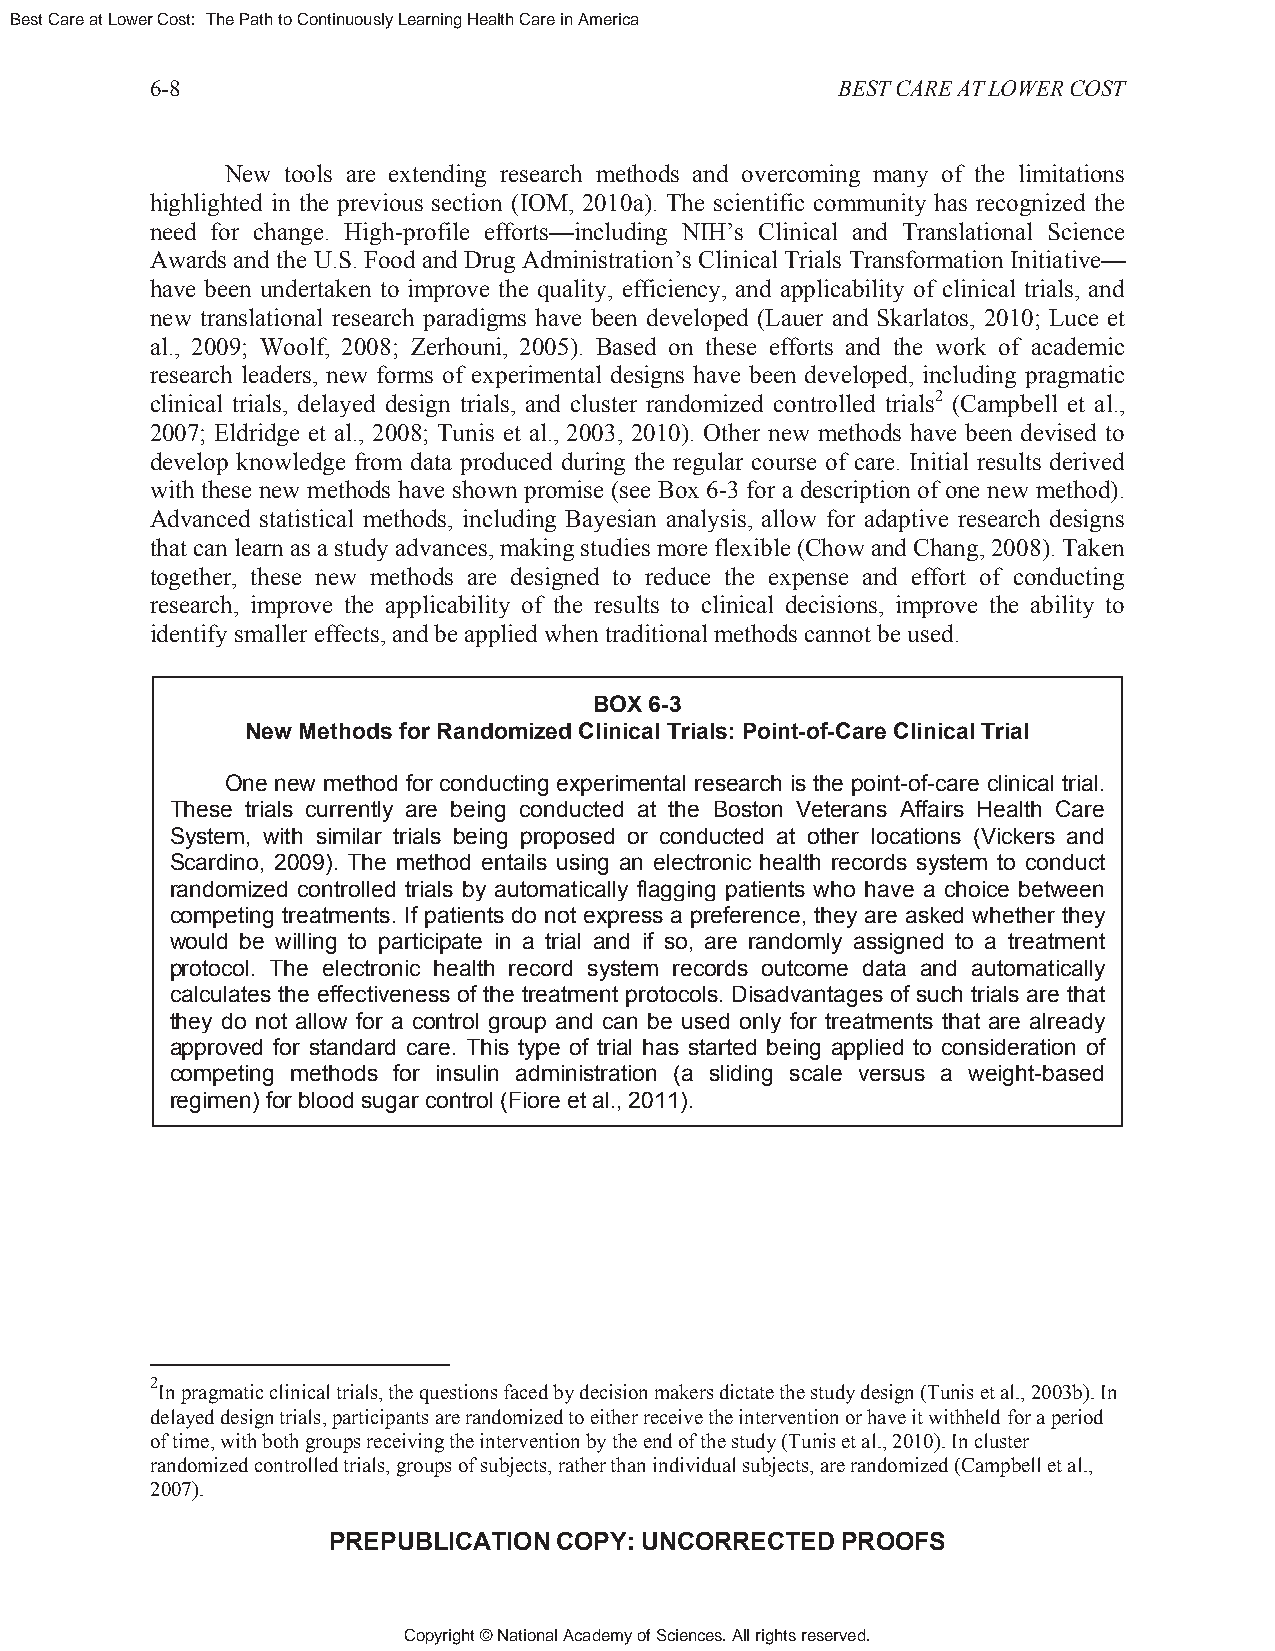
Best Care at Lower Cost: The Path to Continuously Learning Health Care in America
 6-8                                          BEST CARE AT LOWER COST
 New tools are extending research methods and overcoming many of the limitations
 highlighted in the previous section (IOM, 2010a). The scientific community has recognized the
 need for change. High-profile efforts—including NIH’s Clinical and Translational Science
 Awards and the U.S. Food and Drug Administration’s Clinical Trials Transformation Initiative—
 have been undertaken to improve the quality, efficiency, and applicability of clinical trials, and
 new translational research paradigms have been developed (Lauer and Skarlatos, 2010; Luce et
 al., 2009; Woolf, 2008; Zerhouni, 2005). Based on these efforts and the work of academic
 research leaders, new forms of experimental designs have been developed, including pragmatic
 clinical trials, delayed design trials, and cluster randomized controlled trials2 (Campbell et al.,
 2007; Eldridge et al., 2008; Tunis et al., 2003, 2010). Other new methods have been devised to
 develop knowledge from data produced during the regular course of care. Initial results derived
 with these new methods have shown promise (see Box 6-3 for a description of one new method).
 Advanced statistical methods, including Bayesian analysis, allow for adaptive research designs
 that can learn as a study advances, making studies more flexible (Chow and Chang, 2008). Taken
 together, these new methods are designed to reduce the expense and effort of conducting
 research, improve the applicability of the results to clinical decisions, improve the ability to
 identify smaller effects, and be applied when traditional methods cannot be used.
 BOX 6-3
 New Methods for Randomized Clinical Trials: Point-of-Care Clinical Trial
 One new method for conducting experimental research is the point-of-care clinical trial.
 These trials currently are being conducted at the Boston Veterans Affairs Health Care
 System, with similar trials being proposed or conducted at other locations (Vickers and
 Scardino, 2009). The method entails using an electronic health records system to conduct
 randomized controlled trials by automatically flagging patients who have a choice between
 competing treatments. If patients do not express a preference, they are asked whether they
 would be willing to participate in a trial and if so, are randomly assigned to a treatment
 protocol. The electronic health record system records outcome data and automatically
 calculates the effectiveness of the treatment protocols. Disadvantages of such trials are that
 they do not allow for a control group and can be used only for treatments that are already
 approved for standard care. This type of trial has started being applied to consideration of
 competing methods for insulin administration (a sliding scale versus a weight-based
 regimen) for blood sugar control (Fiore et al., 2011).
 2
 In pragmatic clinical trials, the questions faced by decision makers dictate the study design (Tunis et al., 2003b). In
 delayed design trials, participants are randomized to either receive the intervention or have it withheld for a period
 of time, with both groups receiving the intervention by the end of the study (Tunis et al., 2010). In cluster
 randomized controlled trials, groups of subjects, rather than individual subjects, are randomized (Campbell et al.,
 2007).
 PREPUBLICATION COPY: UNCORRECTED  PROOFS
 Copyright © National Academy of Sciences. All rights reserved.